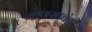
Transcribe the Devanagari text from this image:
माणसाचंही